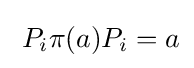
\;P_{i}\pi (a)P_{i}=a